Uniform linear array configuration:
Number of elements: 64
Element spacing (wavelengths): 0.75
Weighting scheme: uniform
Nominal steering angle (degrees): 30
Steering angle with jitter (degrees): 30.047
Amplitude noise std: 0.05
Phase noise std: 0.05

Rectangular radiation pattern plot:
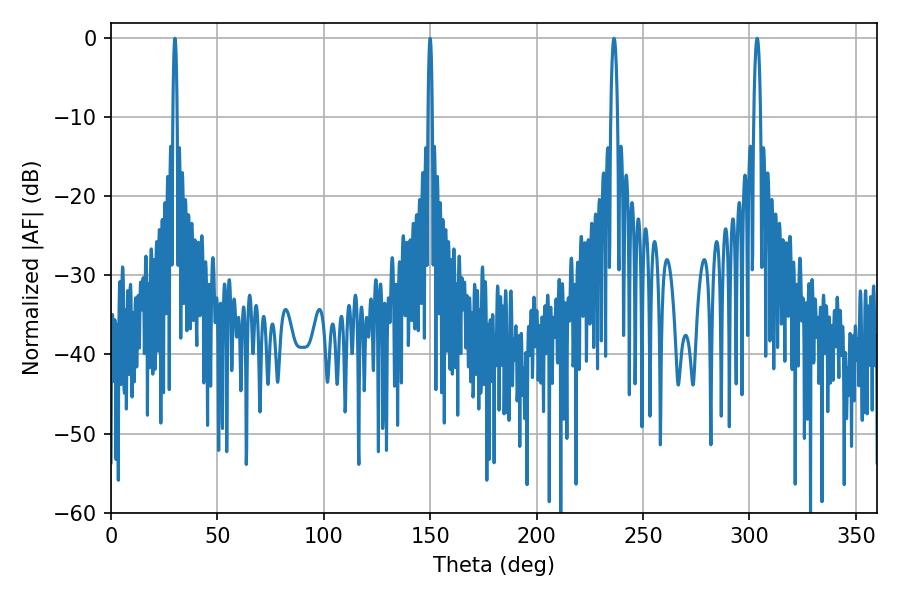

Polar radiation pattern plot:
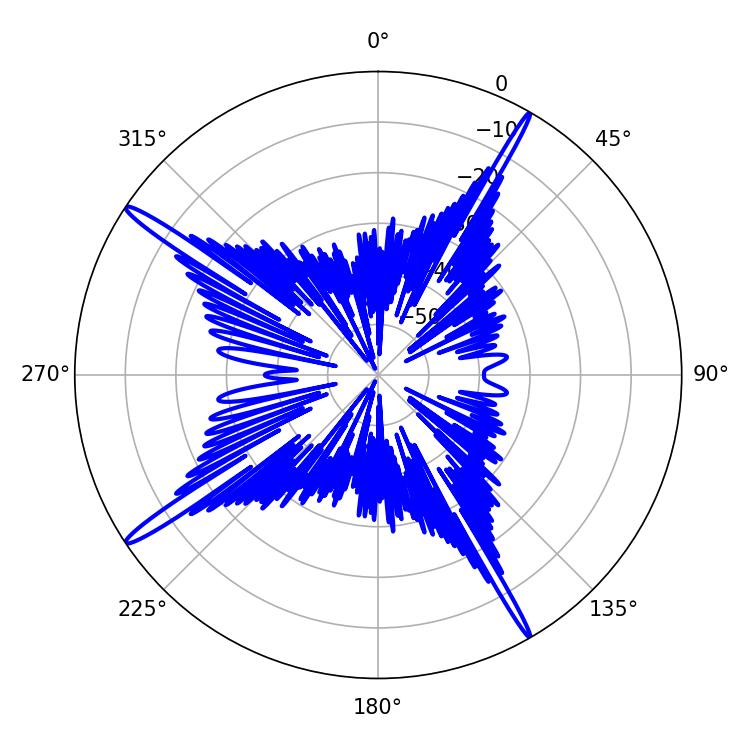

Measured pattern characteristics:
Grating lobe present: TRUE
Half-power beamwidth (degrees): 1.08
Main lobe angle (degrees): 30.06